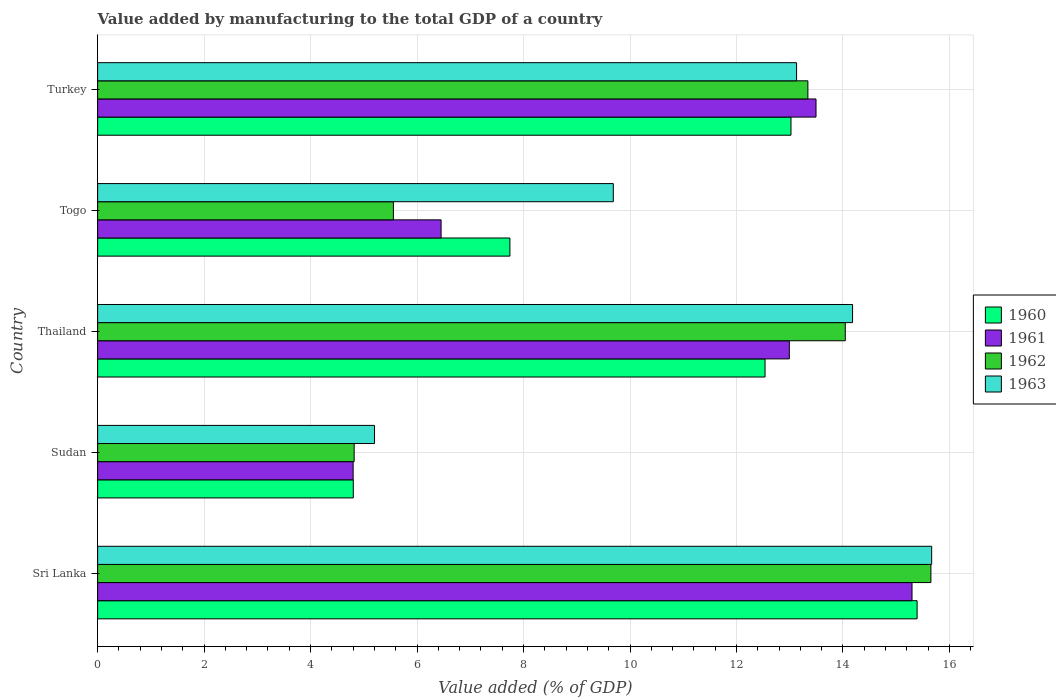
| Country | 1960 | 1961 | 1962 | 1963 |
 | --- | --- | --- | --- | --- |
 | Sri Lanka | 15.4 | 15.3 | 15.7 | 15.7 |
 | Sudan | 4.8 | 4.8 | 4.82 | 5.2 |
 | Thailand | 12.5 | 13 | 14 | 14.2 |
 | Togo | 7.74 | 6.45 | 5.56 | 9.69 |
 | Turkey | 13 | 13.5 | 13.3 | 13.1 |